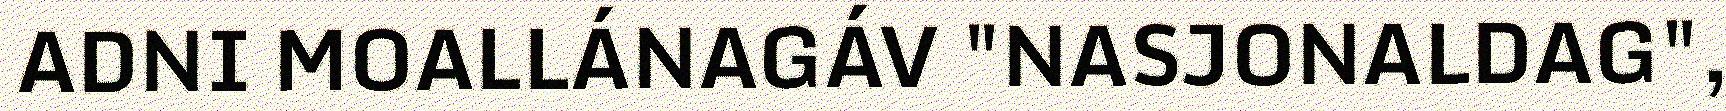
ADNI MOALLÁNAGÁV "NASJONALDAG",